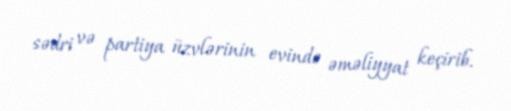
sədri və partiya üzvlərinin evində əməliyyat keçirib.